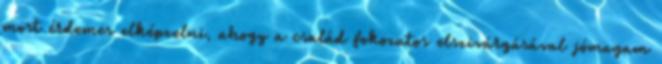
most érdemes elképzelni, ahogy a család fokozatos elszivárgásával jómagam